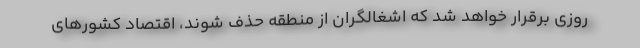
روزی برقرار خواهد شد که اشغالگران از منطقه حذف شوند، اقتصاد کشورهای